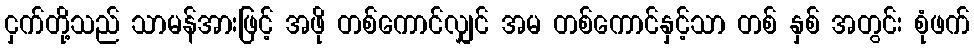
ငှက်တို့သည် သာမန်အားဖြင့် အဖို တစ်ကောင်လျှင် အမ တစ်ကောင်နှင့်သာ တစ် နှစ် အတွင်း စုံဖက်